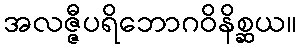
အလဇ္ဇီပရိဘောဂဝိနိစ္ဆယ။